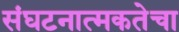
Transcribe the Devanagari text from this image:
संघटनात्मकतेचा